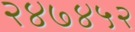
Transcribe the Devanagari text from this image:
२४७४५२